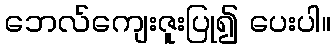
ဘေလ်ကျေးဇူးပြု၍ ပေးပါ။